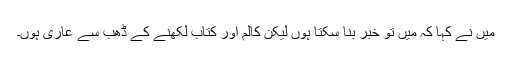
میں نے کہا کہ میں تو خبر بنا سکتا ہوں لیکن کالم اور کتاب لکھنے کے ڈھب سے عاری ہوں۔